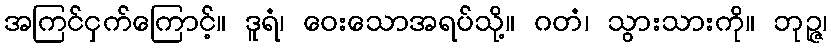
အကြင်ငှက်ကြောင့်။ ဒူရံ၊ ဝေးသောအရပ်သို့။ ဂတံ၊ သွားသားကို။ ဘုဉ္ဇ၊